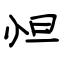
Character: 怛